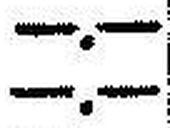
—.—